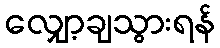
လျှော့ချသွားရန်